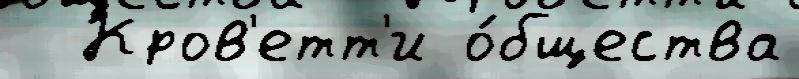
  Кров'етт'и о́бщества